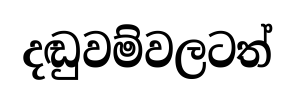
දඬුවම්වලටත්